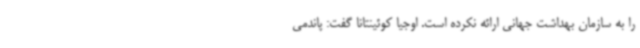
را به سازمان بهداشت جهانی ارائه نکرده است. اوجیا کوئینتانا گفت: پاندمی